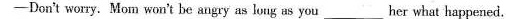
-Don't wory. Mom won't be angry as loug as you___her what happened.